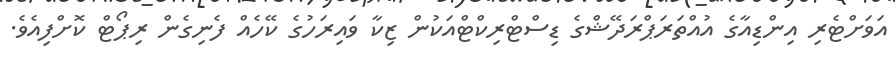
އަވަށްޓެރި އިންޑިއާގެ އުއްތަރަޕްރަދޭޝްގެ ޑިސްޓްރިކްޓްއަކުން ޒިކާ ވައިރަހުގެ ކޭހެއް ފެނިގެން ރިޕޯޓް ކޮށްފިއެވެ.